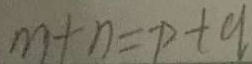
m + n = p + q